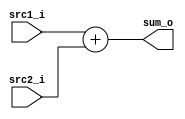
//Subject:     CO project 3 - Adder
//--------------------------------------------------------------------------------
//Version:     1
//--------------------------------------------------------------------------------
//Writer:      0616223 0616059
//----------------------------------------------
//Date:        5/20 
//----------------------------------------------
//Description: add two 32 bits data
//--------------------------------------------------------------------------------

module Adder(
  src1_i,
	src2_i,
	sum_o
	);
     
//I/O ports
input  [32-1:0]  src1_i;
input  [32-1:0]	 src2_i;
output [32-1:0]	 sum_o;

//Internal Signals
wire    [32-1:0]	 sum_o;

//Parameter
    
//Main function

assign sum_o = src1_i + src2_i;

endmodule